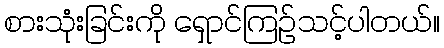
စားသုံးခြင်းကို ရှောင်ကြဉ်သင့်ပါတယ်။